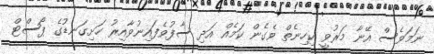
ނަމަވެސް އޭނާ މަރުވީ ކިހިނެތް ވެގެން ކަމެއް އަދި ސާފުވެފައިނުވާއިރު ހަށިގަނޑުގެ ޕޯސްޓް